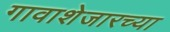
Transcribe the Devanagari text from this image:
गावाशेजारच्या